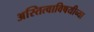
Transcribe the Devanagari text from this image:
अस्तित्वाविषयीच्या